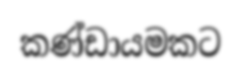
කණ්ඩායමකට